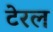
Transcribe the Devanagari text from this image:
टेरल